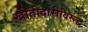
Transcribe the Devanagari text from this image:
खोतीदारीविरूद्ध